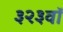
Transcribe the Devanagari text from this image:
३२३वॉ